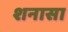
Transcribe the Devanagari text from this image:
शनासा